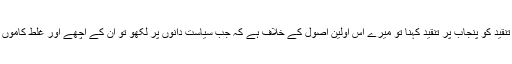
نواز شریف پر کی جانے والی تنقید کو پنجاب پر تنقید کہنا تو میرے اس اولین اصول کے خلاف ہے کہ جب سیاست دانوں پر لکھو تو ان کے اچھے اور غلط کاموں کا بلا کم و کاست تجزیہ کرو۔